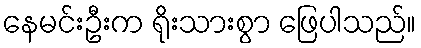
နေမင်းဦးက ရိုးသားစွာ ဖြေပါသည်။